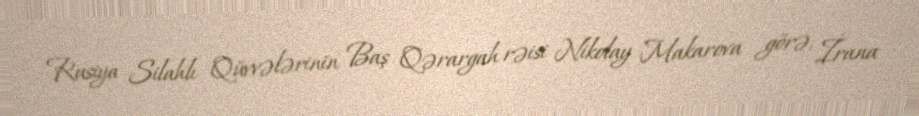
Rusiya Silahlı Qüvvələrinin Baş Qərargah rəisi Nikolay Makarova görə, İrana